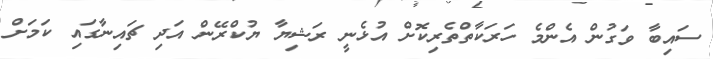
ސައިބާ ވަގުން އެންމެ ހަރަކާތްތެރިކޮށް އުޅެނީ ރަޝިޔާ ޔުކްރޭން އަދި ޗައިނާގައި ކަމަށް